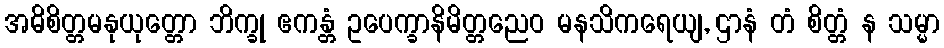
အဓိစိတ္တမနုယုတ္တော ဘိက္ခု ဧကန္တံ ဥပေက္ခာနိမိတ္တညေဝ မနသိကရေယျ, ဌာနံ တံ စိတ္တံ န သမ္မာ